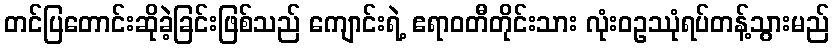
တင်ပြတောင်းဆိုခဲ့ခြင်းဖြစ်သည် ကျောင်းရဲ့ ဧရာဝတီတိုင်းသား လုံးဝဥဿုံရပ်တန့်သွားမည်